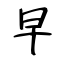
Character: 早